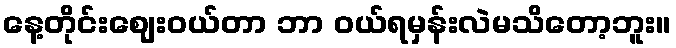
နေ့တိုင်းဈေးဝယ်တာ ဘာ ဝယ်ရမှန်းလဲမသိတော့ဘူး။